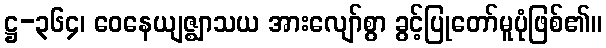
ဋ္ဌ-၃၆၄၊ ဝေနေယျဇ္ဈာသယ အားလျော်စွာ ခွင့်ပြုတော်မူပုံဖြစ်၏။